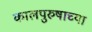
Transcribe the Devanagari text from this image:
कालपुरुषाच्या